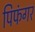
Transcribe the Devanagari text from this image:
पिफंगर